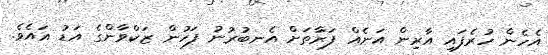
އެހެން ހުރެފައި އާރިން އަނެއް ފަރާތަށް އެނބުރުނު ފަހުން ޒަކްވާންގެ އަޑު އައެވެ.